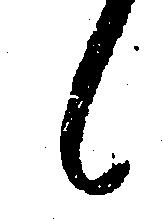
候